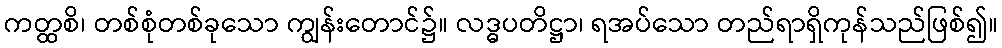
ကတ္ထစိ၊ တစ်စုံတစ်ခုသော ကျွန်းတောင်၌။ လဒ္ဓပတိဋ္ဌာ၊ ရအပ်သော တည်ရာရှိကုန်သည်ဖြစ်၍။